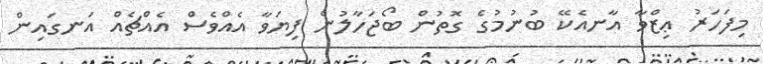
މިފަހަރު ޢިޒްވާ އާނއެކޭ ބުނުމުގެ ގޮތުން ބޯޖަހާލުން ފިޔަވާ އެއްވެސް އެއްޗެއް އަނގައިން